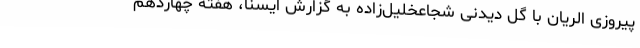
پیروزی الریان با گل دیدنی شجاعخلیل‌زاده به گزارش ایسنا، هفته چهاردهم